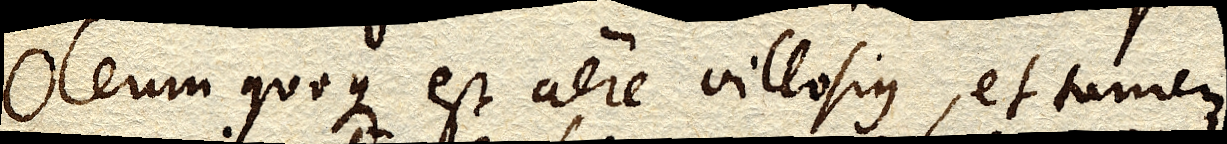
Oleum quoque est aere villosius, et tamen